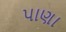
પાણા